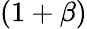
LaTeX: (1+\beta)